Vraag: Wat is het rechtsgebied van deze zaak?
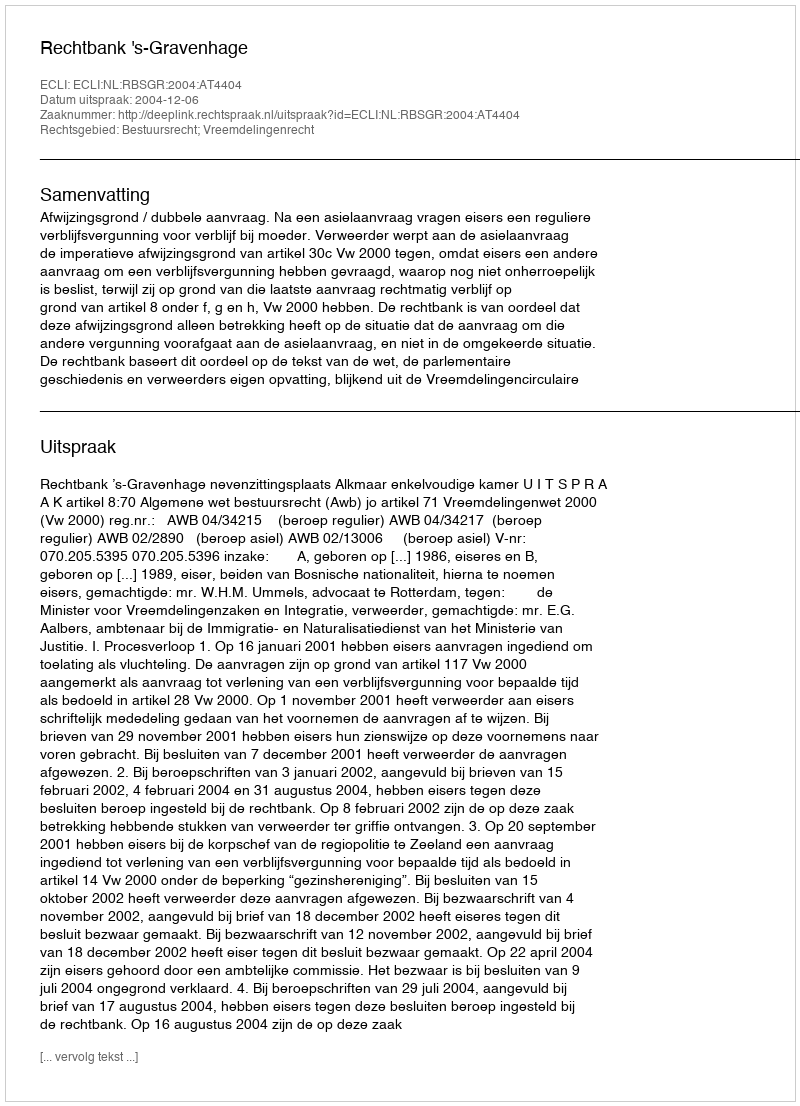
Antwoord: Bestuursrecht; Vreemdelingenrecht